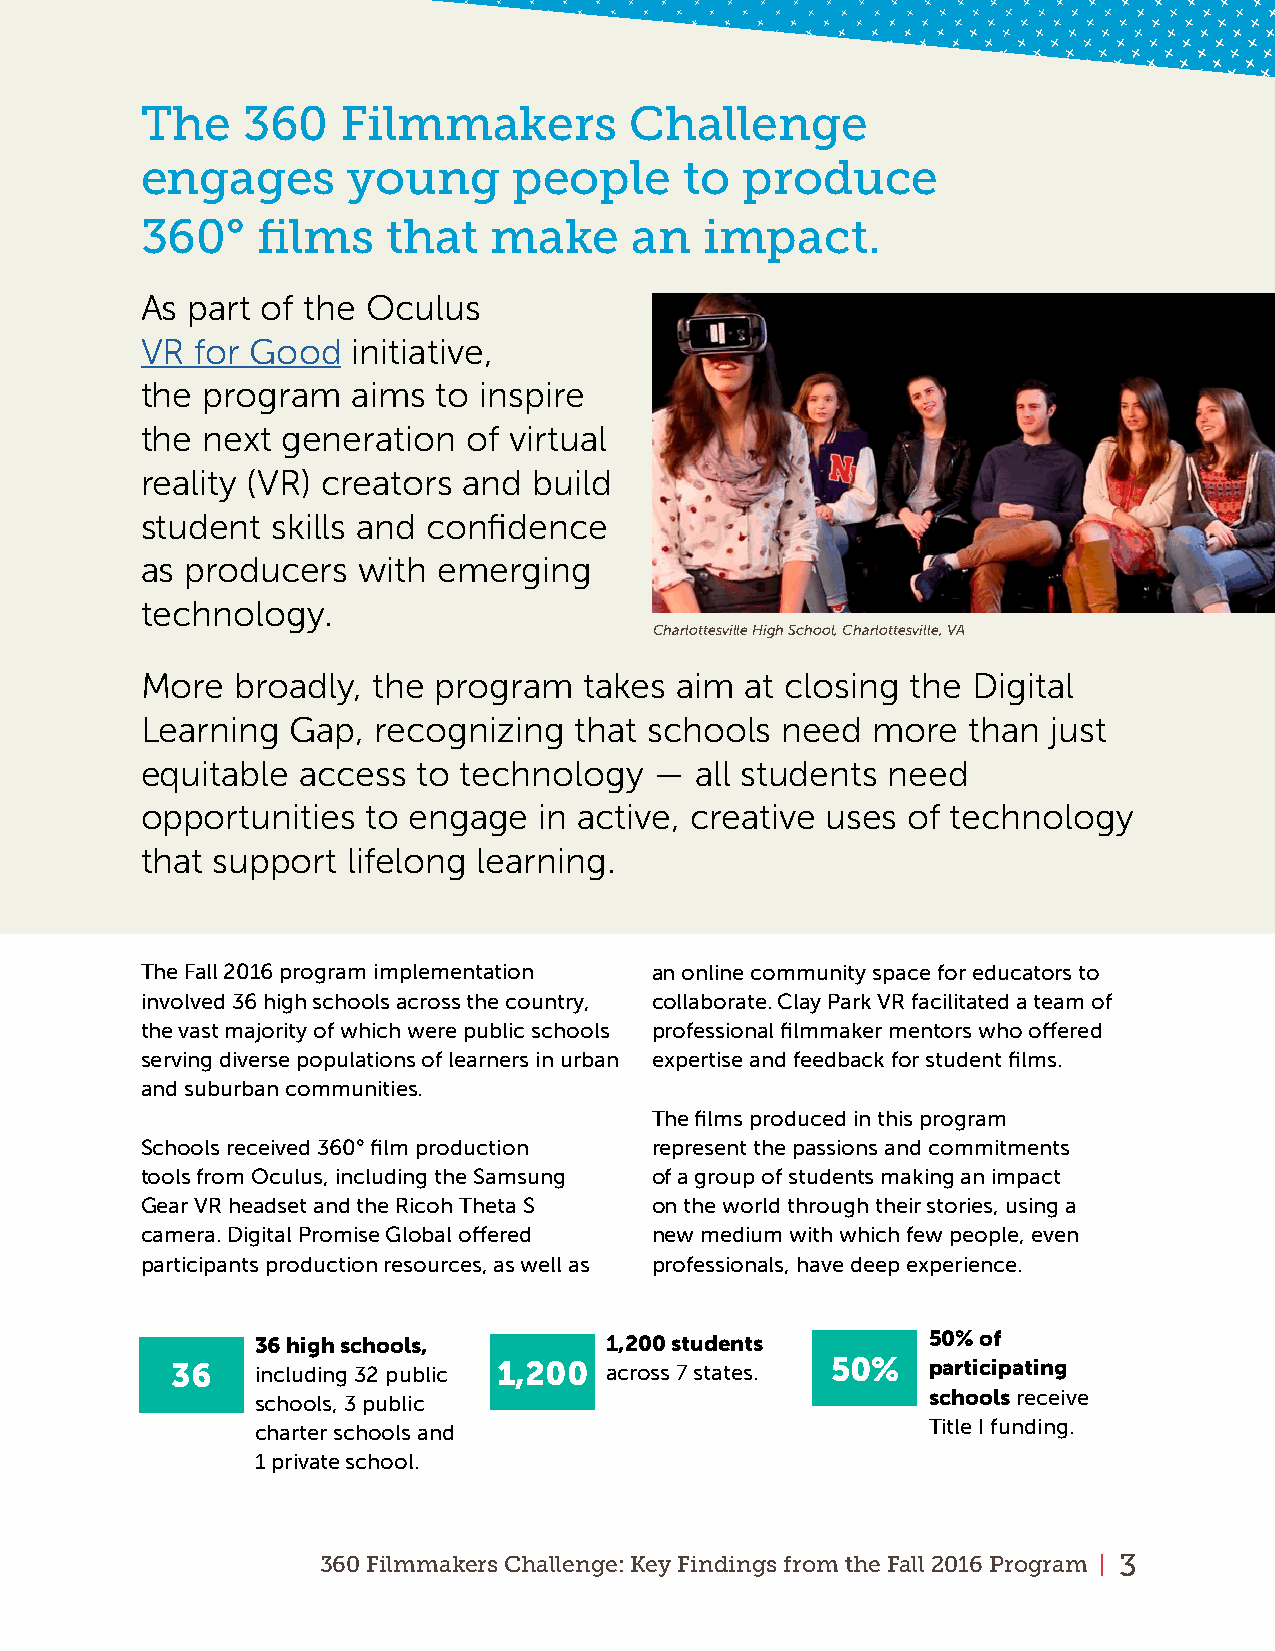
The    360    Filmmakers         Challenge
 engages       young      people     to  produce
 360°    films    that   make     an   impact.
 As part of the Oculus
 VR  for Good  initiative,
 the program   aims  to inspire
 the next  generation  of virtual
 reality (VR) creators and build
 student  skills and confidence
 as producers   with emerging
 technology.
 Charlottesville High School, Charlottesville, VA
 More   broadly, the program   takes aim at closing the Digital
 Learning  Gap,  recognizing  that schools  need  more  than  just
 equitable  access  to technology  —  all students need
 opportunities  to engage   in active, creative uses of technology
 that support  lifelong learning.
 The Fall 2016 program implementation an online community space for educators to
 involved 36 high schools across the country, collaborate . Clay Park VR facilitated a team of
 the vast majority of which were public schools professional filmmaker mentors who offered
 serving diverse populations of learners in urban expertise and feedback for student films .
 and suburban communities .
 The films produced in this program
 Schools received 360° film production represent the passions and commitments
 tools from Oculus, including the Samsung of a group of students making an impact
 Gear VR headset and the Ricoh Theta S on the world through their stories, using a
 camera . Digital Promise Global offered new medium with which few people, even
 participants production resources, as well as professionals, have deep experience .
 36 high schools,       1,200 students       50% of
 36    including 32 public 1,200 across 7 states . 50% participating
 schools receive
 schools, 3 public
 Title I funding .
 charter schools and
 1 private school .
 360 Filmmakers Challenge: Key Findings from the Fall 2016 Program | 3